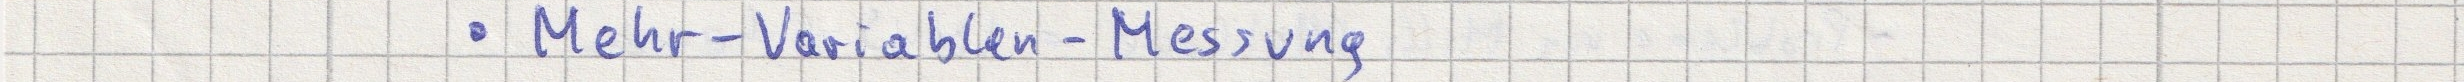
- Mehr-Variablen-Messung